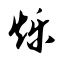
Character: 烁